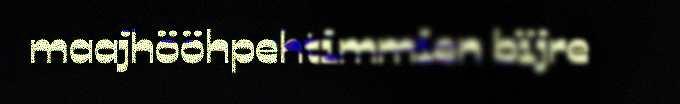
maajhööhpehtimmien bïjre